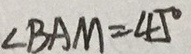
\angle B A M = 4 5 ^ { \circ }